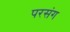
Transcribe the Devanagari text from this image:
परसंग